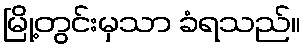
မြို့တွင်းမှသာ ခံရသည်။